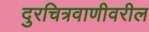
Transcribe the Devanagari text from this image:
दुरचित्रवाणीवरील